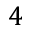
4